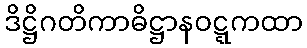
ဒိဋ္ဌိဂတိကာဓိဋ္ဌာနဝဋ္ဋကထာ